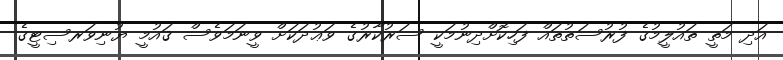
އަދި މަތީ ތައުލީމުގެ ފުރުސަތުތައް ފަހިކޮށްދިނުމަކީ ސަރުކާރުގެ ވަޢުދަކަށް ވީނަމަވެސް ޤައުމީ ޔުނިވަރސިޓީގެ